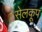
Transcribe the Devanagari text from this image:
सेलकूप